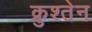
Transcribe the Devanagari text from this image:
क्रुश्तेन